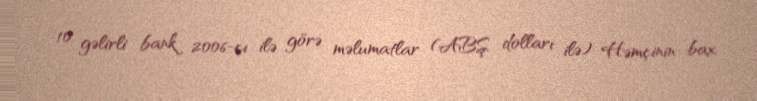
10 gəlirli bank 2006-cı ilə görə məlumatlar (ABŞ dolları ilə) Həmçinin bax